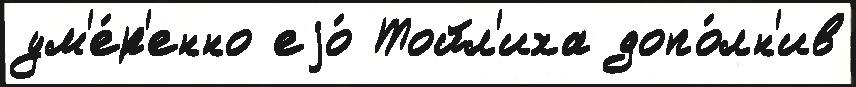
ум'е́р'енно еjо́ Тойл'иха допо́лн'ив